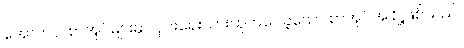
အောက်ပါ စာအုပ်များမှာ ငှင်းရေးသားထုတ်ဝေခဲ့သော စာအုပ်အချို့ဖြစ်သည်။